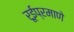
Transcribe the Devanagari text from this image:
रूईप्रमाणे